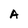
Character: A